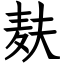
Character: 麸